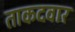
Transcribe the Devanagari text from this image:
ताकदवार